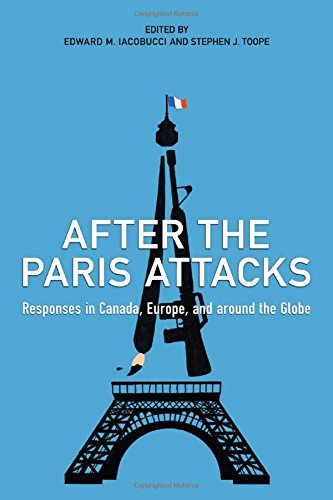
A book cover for After the Paris Attacks: Responses in Canada, Europe, and Around the Globe; Law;